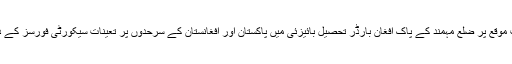
تفصیلات کے مطابق عید کے پرمسرت موقع پر ضلع مہمند کے پاک افغان بارڈر تحصیل بائیزئی میں پاکستان اور افغانستان کے سرحدوں پر تعینات سیکورٹی فورسز کے درمیان فلیگ میٹنگ کا انعقاد کیا گیاتھا۔